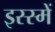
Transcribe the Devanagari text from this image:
इस्स्में